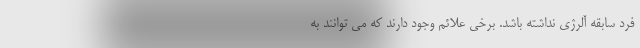
فرد سابقه آلرژی نداشته باشد. برخی علائم وجود دارند که می توانند به